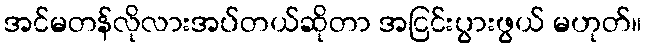
အင်မတန်လိုလားအပ်တယ်ဆိုတာ အငြင်းပွားဖွယ် မဟုတ်။